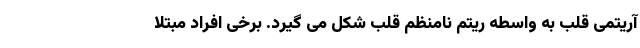
آریتمی قلب به واسطه ریتم نامنظم قلب شکل می گیرد. برخی افراد مبتلا